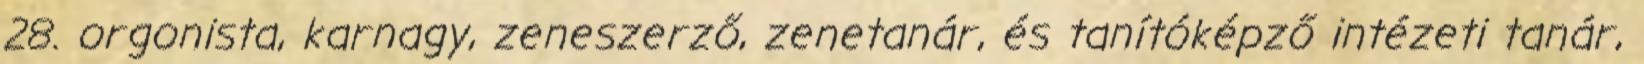
28. orgonista, karnagy, zeneszerző, zenetanár, és tanítóképző intézeti tanár,